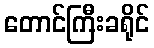
တောင်ကြီးခရိုင်